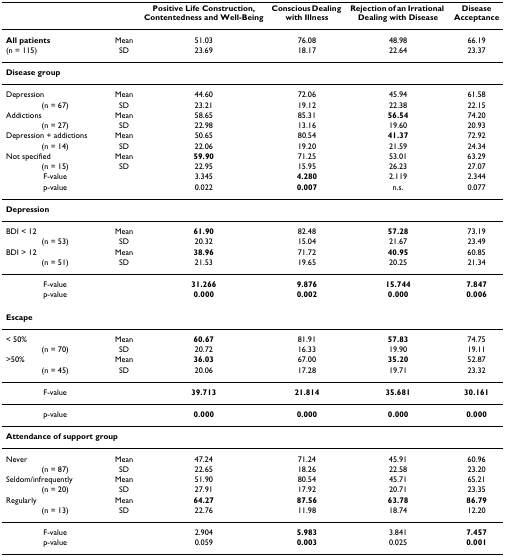
<table><thead><tr><td></td><td></td><td><b>Positive Life Construction, Contentedness and Well-Being</b></td><td><b>Conscious Dealing with Illness</b></td><td><b>Rejection of an Irrational Dealing with Disease</b></td><td><b>Disease Acceptance</b></td></tr></thead><tbody><tr><td><b>All patients</b></td><td>Mean</td><td>51.03</td><td>76.08</td><td>48.98</td><td>66.19</td></tr><tr><td>(n = 115)</td><td>SD</td><td>23.69</td><td>18.17</td><td>22.64</td><td>23.37</td></tr><tr><td colspan="6"><b>Disease group</b></td></tr><tr><td>Depression</td><td>Mean</td><td>44.60</td><td>72.06</td><td>45.94</td><td>61.58</td></tr><tr><td>(n = 67)</td><td>SD</td><td>23.21</td><td>19.12</td><td>22.38</td><td>22.15</td></tr><tr><td>Addictions</td><td>Mean</td><td>58.65</td><td>85.31</td><td><b>56.54</b></td><td>74.20</td></tr><tr><td>(n = 27)</td><td>SD</td><td>22.98</td><td>13.16</td><td>19.60</td><td>20.93</td></tr><tr><td>Depression + addictions</td><td>Mean</td><td>50.65</td><td>80.54</td><td><b>41.37</b></td><td>72.92</td></tr><tr><td>(n = 14)</td><td>SD</td><td>22.06</td><td>19.20</td><td>21.59</td><td>24.34</td></tr><tr><td>Not specified</td><td>Mean</td><td><b>59.90</b></td><td>71.25</td><td>53.01</td><td>63.29</td></tr><tr><td>(n = 15)</td><td>SD</td><td>22.95</td><td>15.95</td><td>26.23</td><td>27.07</td></tr><tr><td>F-value</td><td></td><td>3.345</td><td><b>4.280</b></td><td>2.119</td><td>2.344</td></tr><tr><td>p-value</td><td></td><td>0.022</td><td><b>0.007</b></td><td>n.s.</td><td>0.077</td></tr><tr><td colspan="6"><b>Depression</b></td></tr><tr><td>BDI &lt; 12</td><td>Mean</td><td><b>61.90</b></td><td>82.48</td><td><b>57.28</b></td><td>73.19</td></tr><tr><td>(n = 53)</td><td>SD</td><td>20.32</td><td>15.04</td><td>21.67</td><td>23.49</td></tr><tr><td>BDI &gt; 12</td><td>Mean</td><td><b>38.96</b></td><td>71.72</td><td><b>40.95</b></td><td>60.85</td></tr><tr><td>(n = 51)</td><td>SD</td><td>21.53</td><td>19.65</td><td>20.25</td><td>21.34</td></tr><tr><td>F-value</td><td></td><td><b>31.266</b></td><td><b>9.876</b></td><td><b>15.744</b></td><td><b>7.847</b></td></tr><tr><td>p-value</td><td></td><td><b>0.000</b></td><td><b>0.002</b></td><td><b>0.000</b></td><td><b>0.006</b></td></tr><tr><td colspan="6"><b>Escape</b></td></tr><tr><td>&lt; 50%</td><td>Mean</td><td><b>60.67</b></td><td>81.91</td><td><b>57.83</b></td><td>74.75</td></tr><tr><td>(n = 70)</td><td>SD</td><td>20.72</td><td>16.33</td><td>19.90</td><td>19.11</td></tr><tr><td>&gt;50%</td><td>Mean</td><td><b>36.03</b></td><td>67.00</td><td><b>35.20</b></td><td>52.87</td></tr><tr><td>(n = 45)</td><td>SD</td><td>20.06</td><td>17.28</td><td>19.71</td><td>23.32</td></tr><tr><td>F-value</td><td></td><td><b>39.713</b></td><td><b>21.814</b></td><td><b>35.681</b></td><td><b>30.161</b></td></tr><tr><td>p-value</td><td></td><td><b>0.000</b></td><td><b>0.000</b></td><td><b>0.000</b></td><td><b>0.000</b></td></tr><tr><td colspan="6"><b>Attendance of support group</b></td></tr><tr><td>Never</td><td>Mean</td><td>47.24</td><td>71.24</td><td>45.91</td><td>60.96</td></tr><tr><td>(n = 87)</td><td>SD</td><td>22.65</td><td>18.26</td><td>22.58</td><td>23.20</td></tr><tr><td>Seldom/infrequently</td><td>Mean</td><td>51.90</td><td>80.54</td><td>45.71</td><td>65.21</td></tr><tr><td>(n = 20)</td><td>SD</td><td>27.91</td><td>17.92</td><td>20.71</td><td>23.35</td></tr><tr><td>Regularly</td><td>Mean</td><td><b>64.27</b></td><td><b>87.56</b></td><td><b>63.78</b></td><td><b>86.79</b></td></tr><tr><td>(n = 13)</td><td>SD</td><td>22.76</td><td>11.98</td><td>18.74</td><td>12.20</td></tr><tr><td>F-value</td><td></td><td>2.904</td><td><b>5.983</b></td><td>3.841</td><td><b>7.457</b></td></tr><tr><td>p-value</td><td></td><td>0.059</td><td><b>0.003</b></td><td>0.025</td><td><b>0.001</b></td></tr></tbody></table>